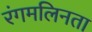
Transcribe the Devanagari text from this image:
रंगमलिनता